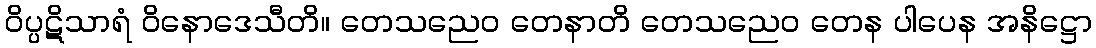
ဝိပ္ပဋိသာရံ ဝိနောဒေသီတိ။ တေသညေဝ တေနာတိ တေသညေဝ တေန ပါပေန အနိဋ္ဌော